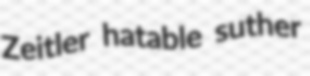
Zeitler hatable suther